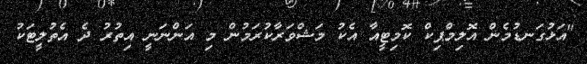
"އަޅުގަނޑުމެން އޮލިމްޕިކް ކޮމިޓީއާ އެކު މަޝްވަރާކުރަމުން މި އަންނަނީ އިތުރު ދެ އެތުލީޓަކު